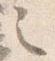
之